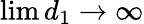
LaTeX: \operatorname*{lim}d_{1}\to\infty